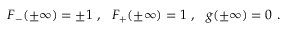
F _ { - } ( \pm \infty ) = \pm 1 \ , \ \ F _ { + } ( \pm \infty ) = 1 \ , \ \ g ( \pm \infty ) = 0 \ .